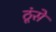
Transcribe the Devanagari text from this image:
ठूंसे